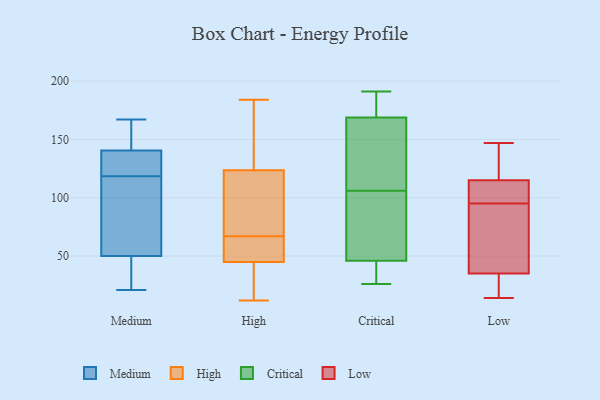
{"axis": {"x": "Operating Costs (USD K)", "y": "Value"}, "legend": ["Critical", "High", "Low", "Medium"], "data": [{"x": "", "y": 123, "type": "Medium"}, {"x": "", "y": 21, "type": "Medium"}, {"x": "", "y": 116, "type": "Medium"}, {"x": "", "y": 51, "type": "Medium"}, {"x": "", "y": 103, "type": "Medium"}, {"x": "", "y": 167, "type": "Medium"}, {"x": "", "y": 153, "type": "Medium"}, {"x": "", "y": 143, "type": "Medium"}, {"x": "", "y": 26, "type": "Medium"}, {"x": "", "y": 154, "type": "Medium"}, {"x": "", "y": 121, "type": "Medium"}, {"x": "", "y": 138, "type": "Medium"}, {"x": "", "y": 34, "type": "Medium"}, {"x": "", "y": 90, "type": "Medium"}, {"x": "", "y": 49, "type": "Medium"}, {"x": "", "y": 136, "type": "Medium"}, {"x": "", "y": 184, "type": "High"}, {"x": "", "y": 41, "type": "High"}, {"x": "", "y": 57, "type": "High"}, {"x": "", "y": 67, "type": "High"}, {"x": "", "y": 99, "type": "High"}, {"x": "", "y": 122, "type": "High"}, {"x": "", "y": 40, "type": "High"}, {"x": "", "y": 12, "type": "High"}, {"x": "", "y": 155, "type": "High"}, {"x": "", "y": 39, "type": "High"}, {"x": "", "y": 59, "type": "High"}, {"x": "", "y": 124, "type": "High"}, {"x": "", "y": 89, "type": "High"}, {"x": "", "y": 138, "type": "High"}, {"x": "", "y": 58, "type": "High"}, {"x": "", "y": 86, "type": "Critical"}, {"x": "", "y": 166, "type": "Critical"}, {"x": "", "y": 136, "type": "Critical"}, {"x": "", "y": 116, "type": "Critical"}, {"x": "", "y": 74, "type": "Critical"}, {"x": "", "y": 46, "type": "Critical"}, {"x": "", "y": 30, "type": "Critical"}, {"x": "", "y": 106, "type": "Critical"}, {"x": "", "y": 177, "type": "Critical"}, {"x": "", "y": 26, "type": "Critical"}, {"x": "", "y": 46, "type": "Critical"}, {"x": "", "y": 177, "type": "Critical"}, {"x": "", "y": 191, "type": "Critical"}, {"x": "", "y": 35, "type": "Low"}, {"x": "", "y": 112, "type": "Low"}, {"x": "", "y": 21, "type": "Low"}, {"x": "", "y": 88, "type": "Low"}, {"x": "", "y": 14, "type": "Low"}, {"x": "", "y": 147, "type": "Low"}, {"x": "", "y": 102, "type": "Low"}, {"x": "", "y": 115, "type": "Low"}, {"x": "", "y": 136, "type": "Low"}, {"x": "", "y": 84, "type": "Low"}]}